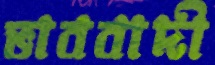
ভাববাদী